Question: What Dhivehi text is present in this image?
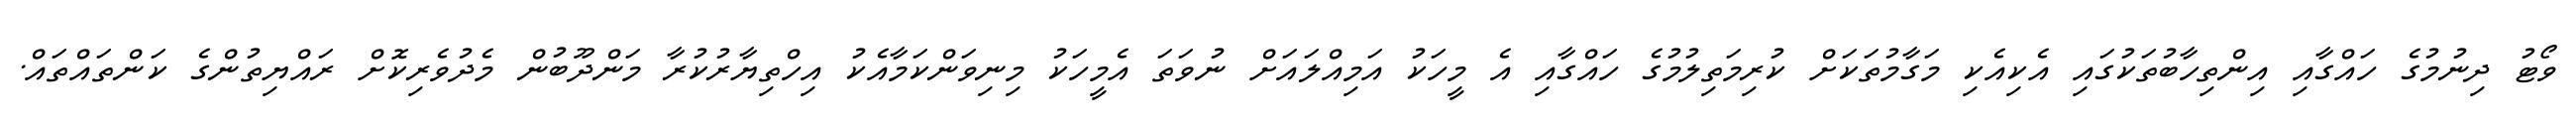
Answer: ވޯޓު ދިނުމުގެ ހައްގާއި އިންތިހާބުތަކުގައި އެކިއެކި މަގާމުތަކަށް ކުރިމަތިލުމުގެ ހައްގާއި އެ މީހަކު އަމިއްލައަށް ނުވަތަ އެމީހަކު މިނިވަންކަމާއެކު އިހްތިޔާރުކުރާ މަންދޫބުން މެދުވެރިކޮށް ރައްޔިތުންގެ ކަންތައްތައް.